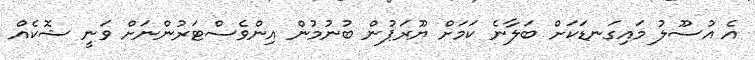
އެ އުސޫލު މައިގަނޑަކަށް ބަލާނެ ކަމަށް ޔޫރަޕުން ބުނުމުން އިންވެސްޓަރުންނަށް ވަނީ ޝޮކެއް